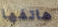
هاتفها